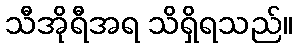
သီအိုရီအရ သိရှိရသည်။